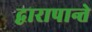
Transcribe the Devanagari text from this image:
द्वारापान्ते